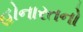
હોનારતનો